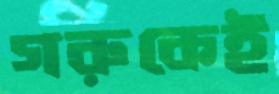
গরুকেই